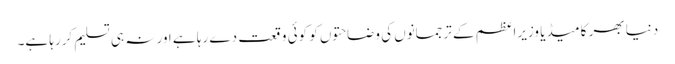
دنیا بھر کا میڈیا وزیراعظم کے ترجمانوں کی وضاحتوں کو کوئی وقعت دے رہا ہے اور نہ ہی تسلیم کررہا ہے۔